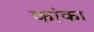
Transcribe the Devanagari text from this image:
कांका